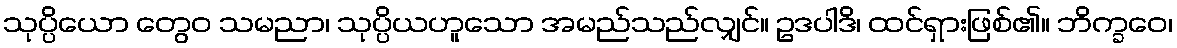
သုပ္ပိယော တွေဝ သမညာ၊ သုပ္ပိယဟူသော အမည်သည်လျှင်။ ဥဒပါဒိ၊ ထင်ရှားဖြစ်၏။ ဘိက္ခဝေ၊